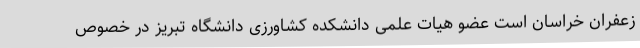
زعفران خراسان است عضو هیات علمی دانشکده کشاورزی دانشگاه تبریز در خصوص